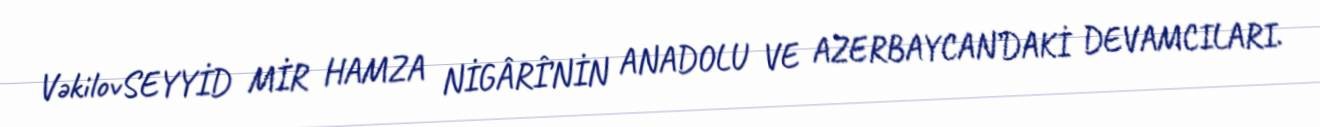
VəkilovSEYYİD MİR HAMZA NİGÂRÎ’NİN ANADOLU VE AZERBAYCAN’DAKİ DEVAMCILARI.